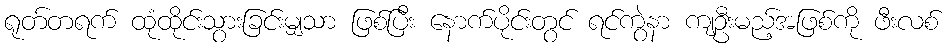
ရုတ်တရက် ထုံထိုင်းသွားခြင်းမျှသာ ဖြစ်ပြီး နောက်ပိုင်းတွင် ရင်ကွဲနာ ကျဦးမည့်အဖြစ်ကို ဖီးလစ်